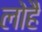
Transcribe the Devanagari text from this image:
लोहै